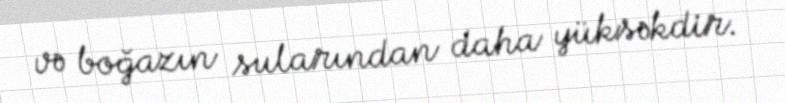
və boğazın sularından daha yüksəkdir.